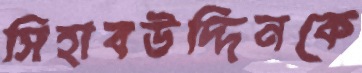
সিহাবউদ্দিনকে